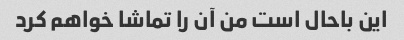
این باحال است من آن را تماشا خواهم کرد